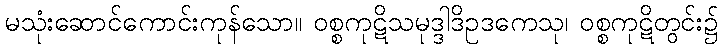
မသုံးဆောင်ကောင်းကုန်သော။ ဝစ္စကုဋိသမုဒ္ဒါဒိဥဒကေသု၊ ဝစ္စကုဋိတွင်း၌